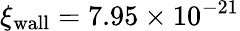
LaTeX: \xi_{\textrm{wall}}=7.95\times 10^{-21}